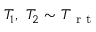
T _ { 1 } , \ T _ { 2 } \sim T _ { \mathrm { ~ r ~ t ~ } }